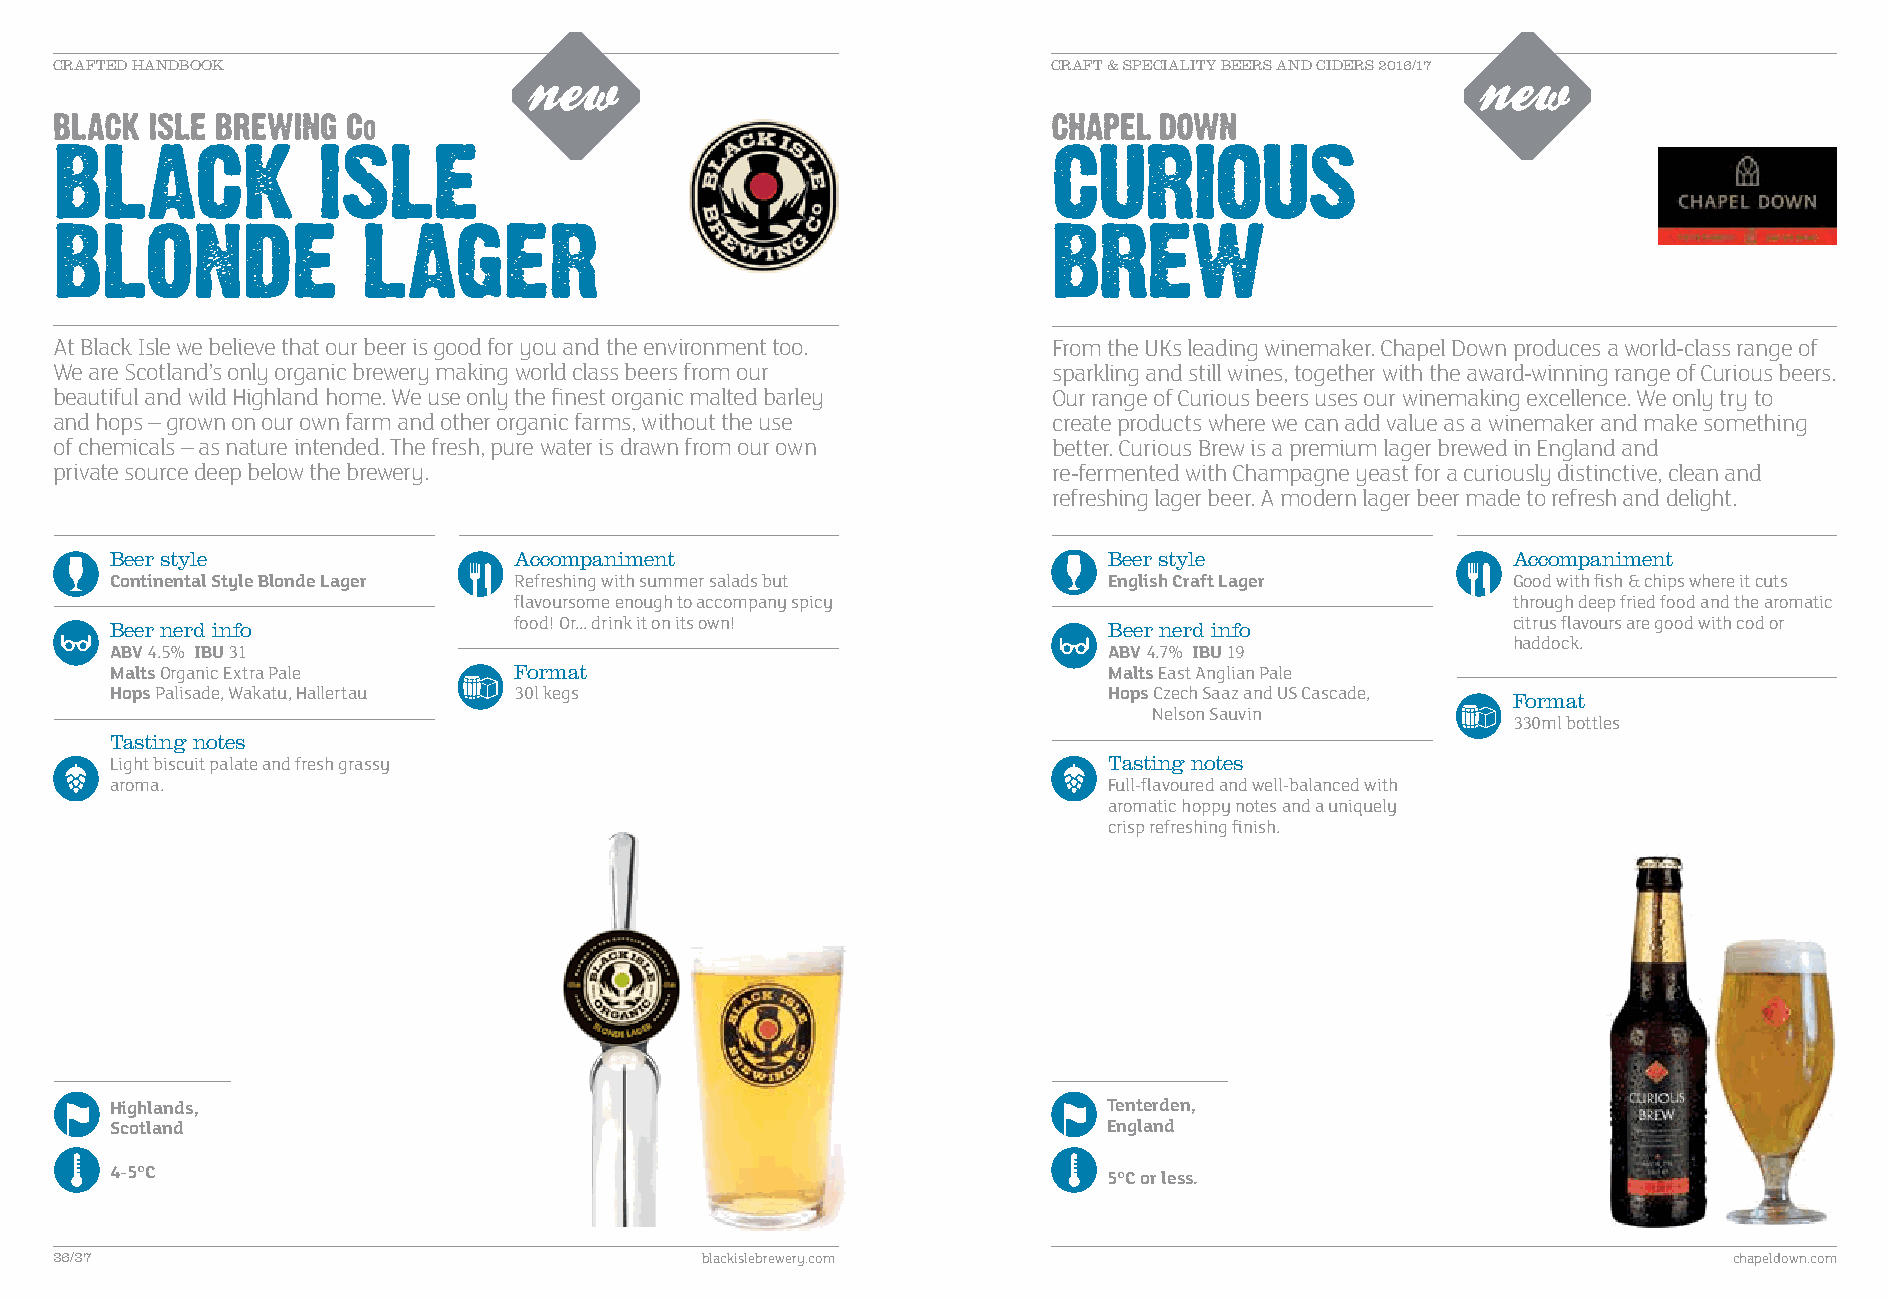
CRAFTED HANDBOOK                                                  CRAFT & SPECIALITY BEERS AND CIDERS 2016/17
 At Black Isle we believe that our beer is good for you and the environment too. From the UKs leading winemaker. Chapel Down produces a world-class range of
 We are Scotland’s only organic brewery making world class beers from our sparkling and still wines, together with the award-winning range of Curious beers.
 beautiful and wild Highland home. We use only the finest organic malted barley Our range of Curious beers uses our winemaking excellence. We only try to
 and hops – grown on our own farm and other organic farms, without the use create products where we can add value as a winemaker and make something
 of chemicals – as nature intended. The fresh, pure water is drawn from our own better. Curious Brew is a premium lager brewed in England and
 private source deep below the brewery.                            re-fermented with Champagne yeast for a curiously distinctive, clean and
 refreshing lager beer. A modern lager beer made to refresh and delight.
 Beer style                 Accompaniment                          Beer style                 Accompaniment
 Continental Style Blonde Lager Refreshing with summer salads but  English Craft Lager        Good with fish & chips where it cuts
 flavoursome enough to accompany spicy                             through deep fried food and the aromatic
 Beer nerd info             food! Or... drink it on its own!       Beer nerd info             citrus flavours are good with cod or
 haddock.
 ABV 4.5% IBU 31                                                   ABV 4.7% IBU 19
 Malts Organic Extra Pale   Format                                 Malts East Anglian Pale
 Hops Palisade, Wakatu, Hallertau 30l kegs                         Hops Czech Saaz and US Cascade, Format
 Nelson Sauvin
 330ml bottles
 Tasting notes
 Light biscuit palate and fresh grassy                             Tasting notes
 aroma.                                                            Full-flavoured and well-balanced with
 aromatic hoppy notes and a uniquely
 crisp refreshing finish.
 H ighlands,                                                       T enterden,
 Scotland                                                          England
 4-5°C
 5°C or less.
 36/37                                     blackislebrewery.com                                                 chapeldown.com